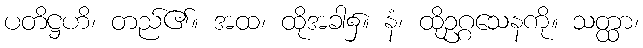
ပတိဋ္ဌဟိ၊ တည်၏။ အထ၊ ထိုအခါ၌။ နံ၊ ထိုဥဂ္ဂသေနကို။ သတ္ထာ၊